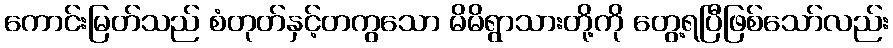
ကောင်းမြတ်သည် စံတုတ်နှင့်တကွသော မိမိရွာသားတို့ကို တွေ့ရပြီဖြစ်သော်လည်း